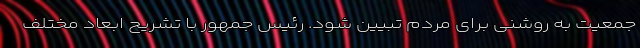
جمعیت به روشنی برای مردم تبیین شود. رئیس جمهور با تشریح ابعاد مختلف